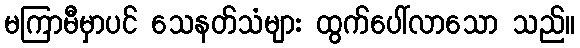
မကြာမီမှာပင် သေနတ်သံများ ထွက်ပေါ်လာသော သည်။